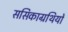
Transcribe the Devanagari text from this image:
ससिकाग्रथियों